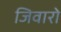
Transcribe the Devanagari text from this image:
जिवारो